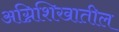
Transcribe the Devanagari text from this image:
अग्निशिखातील